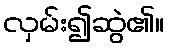
လှမ်း၍ဆွဲ၏။